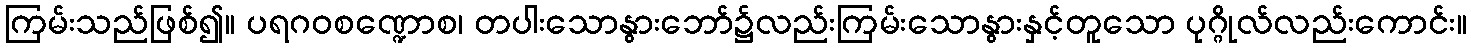
ကြမ်းသည်ဖြစ်၍။ ပရဂဝစဏ္ဍောစ၊ တပါးသောနွားဘော်၌လည်းကြမ်းသောနွားနှင့်တူသော ပုဂ္ဂိုလ်လည်းကောင်း။